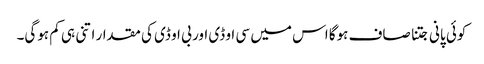
کوئی پانی جتنا صاف ہوگا اس میں سی او ڈی اور بی او ڈی کی مقدار اتنی ہی کم ہوگی۔